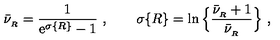
\bar { \nu } _ { _ R } = { \frac { 1 } { \mathrm { e } ^ { \sigma \{ R \} } - 1 } } \ , \qquad \sigma \{ R \} = \ln \Big \{ { \frac { \bar { \nu } _ { _ R } + 1 } { \bar { \nu } _ { _ R } } } \Big \} \ ,